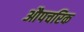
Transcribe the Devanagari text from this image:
औपचरिक